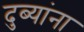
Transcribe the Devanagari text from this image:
दुब्यांना